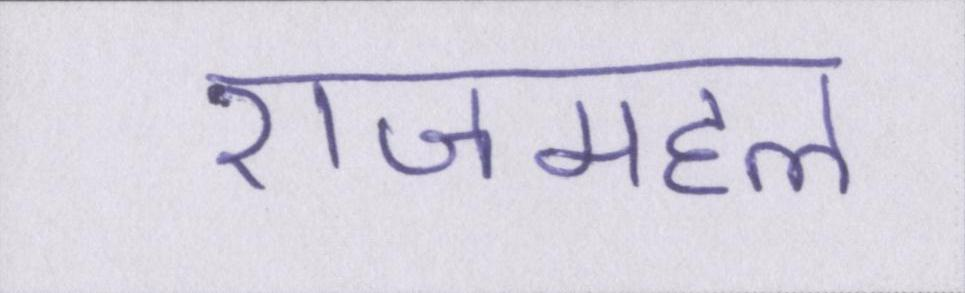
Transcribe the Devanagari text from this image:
राजमहल